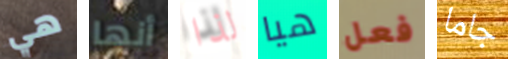
هي أنها لذا هيا فعل جاما